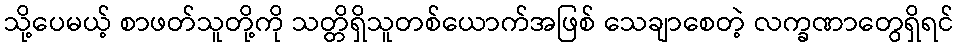
သို့ပေမယ့် စာဖတ်သူတို့ကို သတ္တိရှိသူတစ်ယောက်အဖြစ် သေချာစေတဲ့ လက္ခဏာတွေရှိရင်